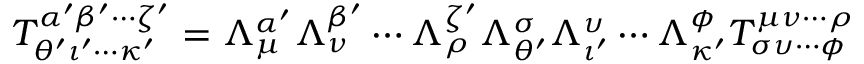
T _ { \theta ^ { \prime } \iota ^ { \prime } \cdots \kappa ^ { \prime } } ^ { \alpha ^ { \prime } \beta ^ { \prime } \cdots \zeta ^ { \prime } } = \Lambda ^ { \alpha ^ { \prime } } _ { \mu } \Lambda ^ { \beta ^ { \prime } } _ { \nu } \cdots \Lambda ^ { \zeta ^ { \prime } } _ { \rho } \Lambda _ { \theta ^ { \prime } } ^ { \sigma } \Lambda _ { \iota ^ { \prime } } ^ { \upsilon } \cdots \Lambda _ { \kappa ^ { \prime } } ^ { \phi } T _ { \sigma \upsilon \cdots \phi } ^ { \mu \nu \cdots \rho }